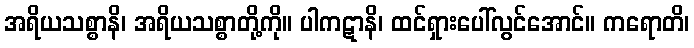
အရိယသစ္စာနိ၊ အရိယသစ္စာတို့ကို။ ပါကဋာနိ၊ ထင်ရှားပေါ်လွင်အောင်။ ကရောတိ၊